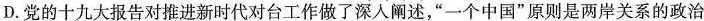
D.党的十九大报告对推进新时代对台工作做了深入阐述，”一个中国”原则是两岸关系的政治